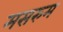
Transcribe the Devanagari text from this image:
मसरुम